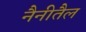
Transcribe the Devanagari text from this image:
नैनीतैल